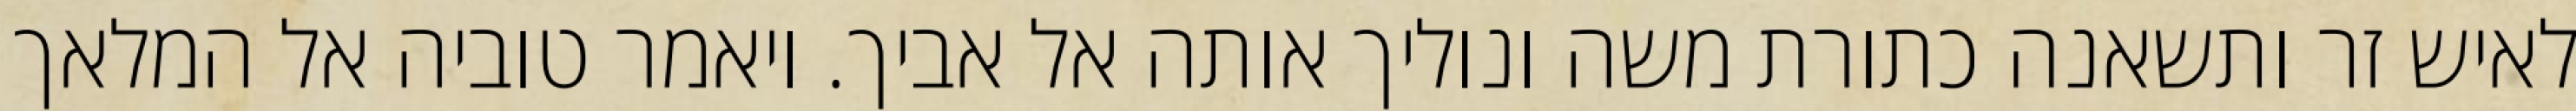
לאיש זר ותשאנה כתורת משה ונוליך אותה אל אביך. ויאמר טוביה אל המלאך